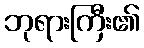
ဘုရားကြီး၏